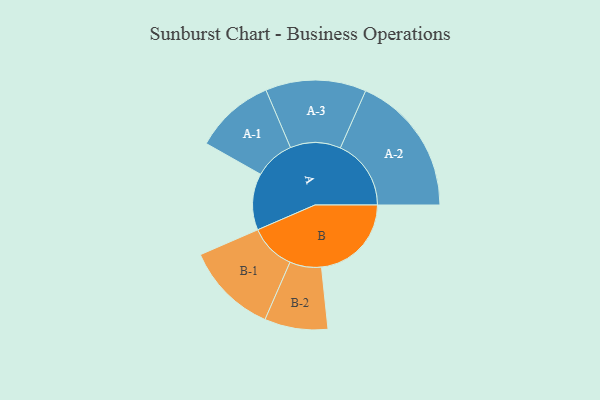
{"axis": {"x": "Segment", "y": "Value"}, "legend": ["", "A", "B"], "data": [{"x": "A", "y": 236, "type": ""}, {"x": "B", "y": 375, "type": ""}, {"x": "A-1", "y": 167, "type": "A"}, {"x": "A-2", "y": 295, "type": "A"}, {"x": "A-3", "y": 210, "type": "A"}, {"x": "B-1", "y": 192, "type": "B"}, {"x": "B-2", "y": 132, "type": "B"}]}